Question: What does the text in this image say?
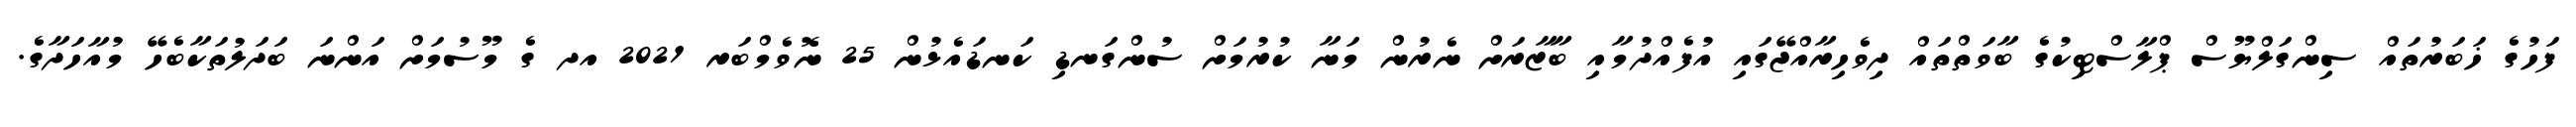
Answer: ފަހުގެ ޚަބަރުތައް ސިންގަލްޔޫސް ޕްލާސްޓިކުގެ ބާވަތްތައް ދިވެހިރާއްޖޭގައި އުފެއްދުމާއި ބާޒާރަށް ނެރުން މަނާ ކުރުމަށް ސުންގަނޑި ކަނޑައެޅުން 25 ނޮވެމްބަރ 2021 އދ ގެ މޫސުމަށް އަންނަ ބަދަލުތަކާބެހޭ މުއާހަދާގެ.